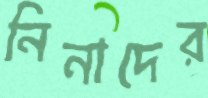
নিনাদের